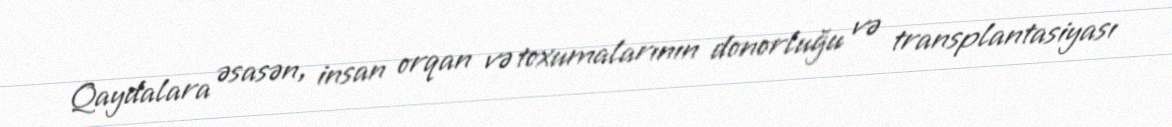
Qaydalara əsasən, insan orqan və toxumalarının donorluğu və transplantasiyası